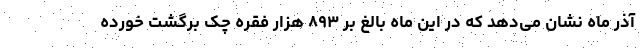
آذر ماه نشان می‌دهد که در این ماه بالغ بر ۸۹۳ هزار فقره چک برگشت خورده